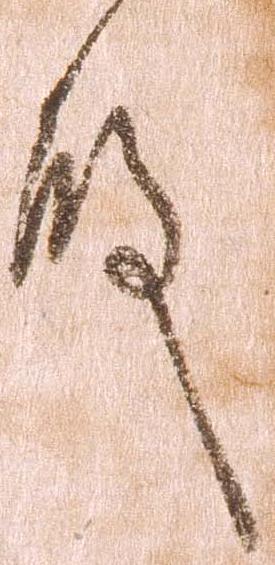
殿